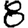
Digit: 8